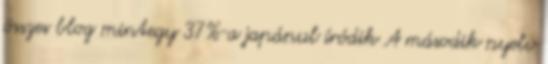
összes blog mintegy 37%-a japánul íródik A második nyelv